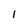
Character: 1